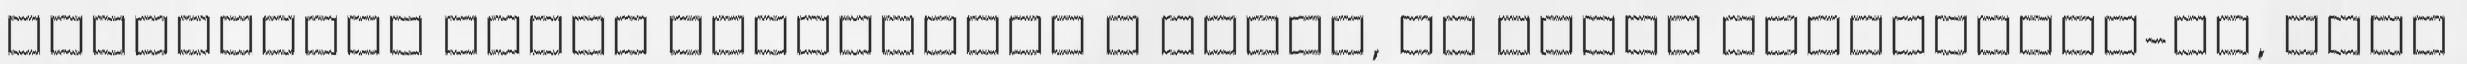
alkalmával aztán megszólalt a Hölgy, és kérte Bernadette-et, hogy